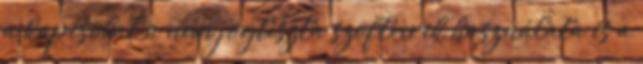
a kapcsolat a nem jogtiszta szoftverek használata és a